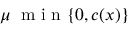
\mu \: \mathrm { ~ m ~ i ~ n ~ } \{ 0 , c ( x ) \}